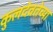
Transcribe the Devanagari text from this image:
कुलदेवतेच्या